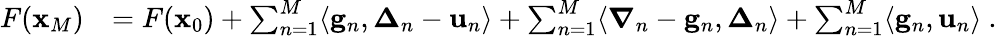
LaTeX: \begin{array}{rl}{F({\mathbf x}_{M})}&{=F({\mathbf x}_{0})+\sum_{n=1}^{M}\langle\mathbf{g}_{n},{\boldsymbol\Delta}_{n}-\mathbf{u}_{n}\rangle+\sum_{n=1}^{M}\langle{\boldsymbol\nabla}_{n}-\mathbf{g}_{n},{\boldsymbol\Delta}_{n}\rangle+\sum_{n=1}^{M}\langle\mathbf{g}_{n},\mathbf{u}_{n}\rangle~.}\end{array}